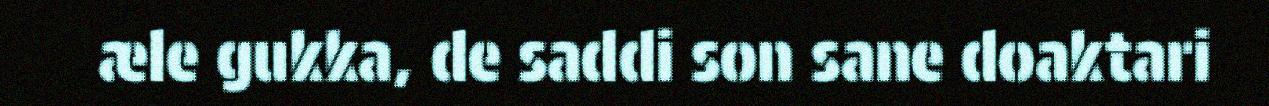
æle gukka, de saddi son sane doaktari